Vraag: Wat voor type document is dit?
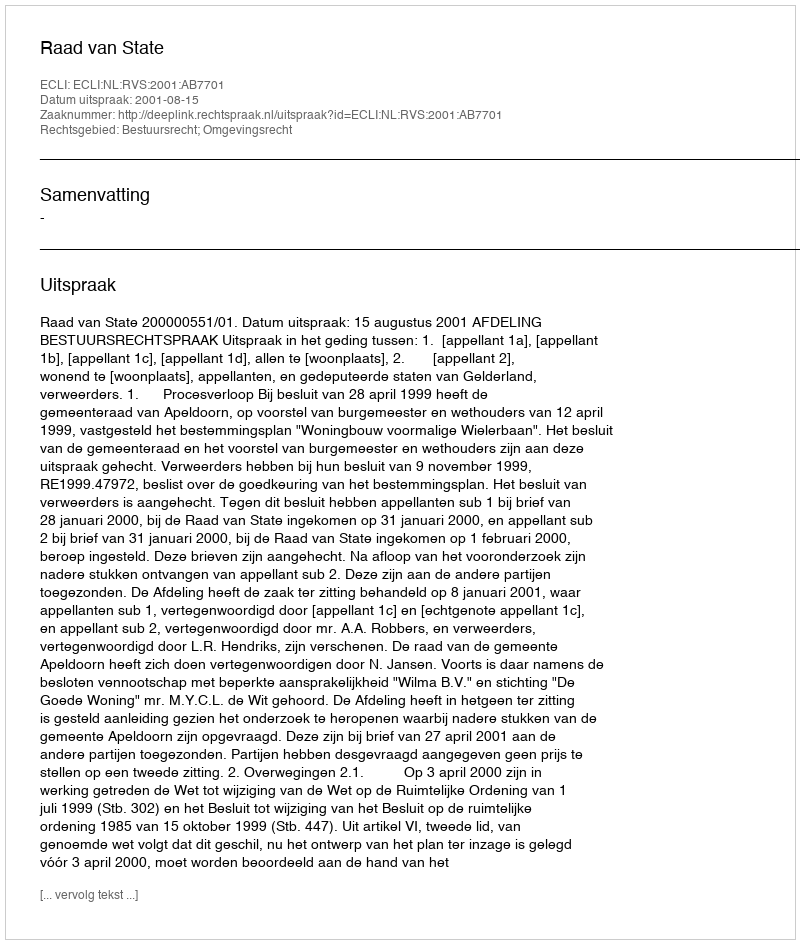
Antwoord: Uitspraak